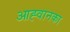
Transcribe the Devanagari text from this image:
आह्वानका